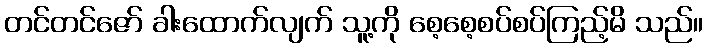
တင်တင်ဇော် ခါးထောက်လျက် သူ့ကို စေ့စေ့စပ်စပ်ကြည့်မိ သည်။